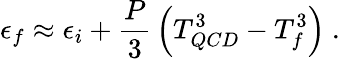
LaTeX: \epsilon_{f}\approx\epsilon_{i}+{\frac{P}{3}}\left(T_{QCD}^{3}-T_{f}^{3}\right)~.